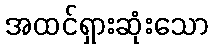
အထင်ရှားဆုံးသော